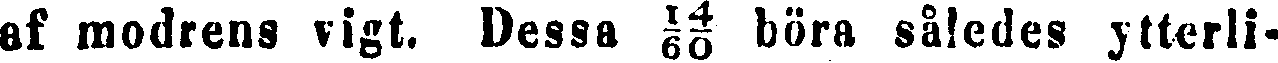
af modrens vigt. Dessa 14/69 böra således ytterli-